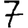
Digit: 7